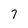
Character: 7